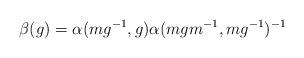
LaTeX: \begin{align*}\beta(g)=\alpha(mg^{-1},g) \alpha(mgm^{-1},mg^{-1})^{-1}\end{align*}